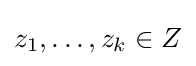
z_{1},\ldots ,z_{k}\in Z